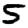
Digit: 5